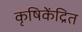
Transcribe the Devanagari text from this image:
कृषिकेंद्रित